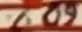
Text: 60%